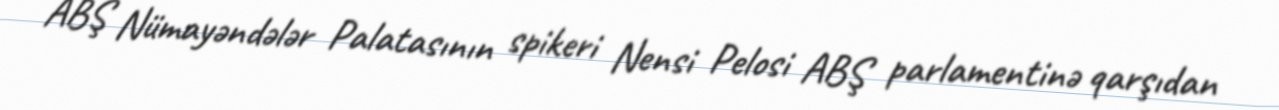
ABŞ Nümayəndələr Palatasının spikeri Nensi Pelosi ABŞ parlamentinə qarşıdan